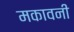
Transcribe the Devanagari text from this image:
मकावनी